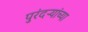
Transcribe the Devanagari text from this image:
पुरंदऱ्यांच्या